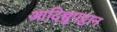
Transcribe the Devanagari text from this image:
आदिच्चुपट्ठान